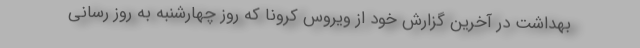
بهداشت در آخرین گزارش خود از ویروس کرونا که روز چهارشنبه به روز رسانی